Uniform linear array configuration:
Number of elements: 12
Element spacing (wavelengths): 0.75
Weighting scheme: cosine
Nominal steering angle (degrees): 0
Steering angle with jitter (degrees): -1.348
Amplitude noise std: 0.05
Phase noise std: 0.05

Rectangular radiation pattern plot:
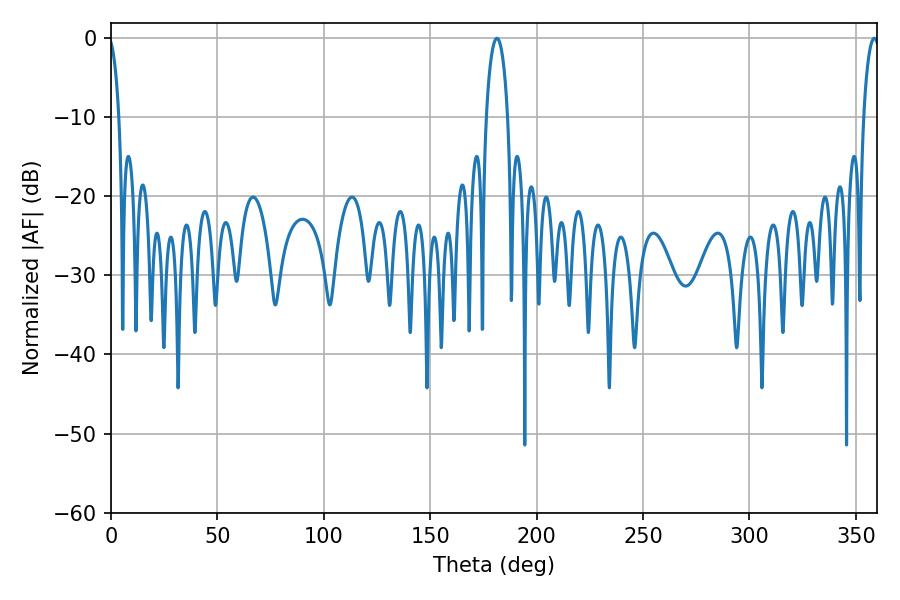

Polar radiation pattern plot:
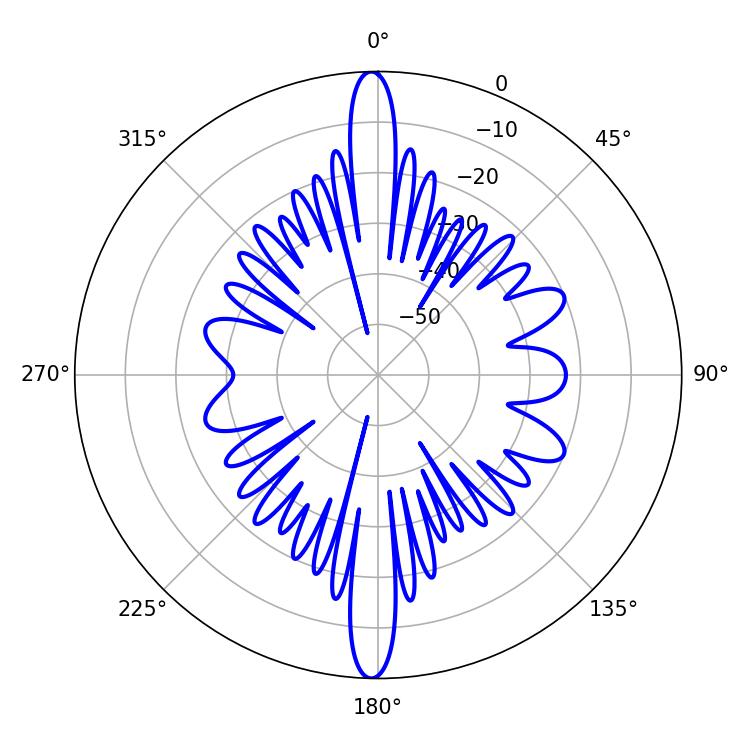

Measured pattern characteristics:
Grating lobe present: TRUE
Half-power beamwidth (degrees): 5.76
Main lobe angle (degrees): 181.26